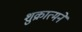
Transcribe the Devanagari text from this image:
शुक्रात्मने